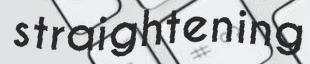
straightening